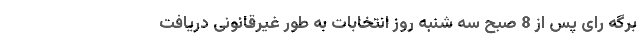
برگه رای پس از 8 صبح سه شنبه روز انتخابات به طور غیرقانونی دریافت